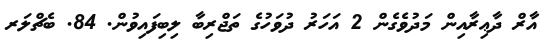
އާރް ދާޢިރާއިން މަދުވެގެން 2 އަހަރު ދުވަހުގެ ތަޖްރިބާ ލިބިފައިވުން. 84. ބެޗްލަރ